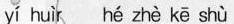
yí huìr hé zhè kē shù